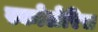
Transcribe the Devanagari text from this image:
स्कोलेरिस